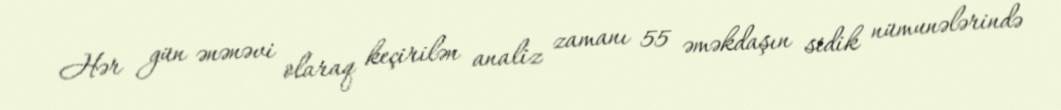
Hər gün ənənəvi olaraq keçirilən analiz zamanı 55 əməkdaşın sidik nümunələrində